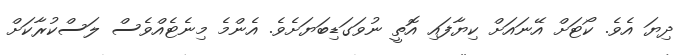
ދިޔަ އެވެ. ކޯޓަށް އޭނައަށް ކިޔާފައި އޮތީ ނުވަގަޑިބަޔަށެވެ. އެންމެ މިނެޓެއްވެސް ލަސްކުރާކަށް